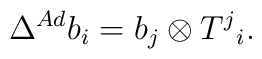
\Delta ^{Ad} b_{i} = b_{j} \otimes T^{j}{}_{i}.